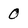
Character: 0